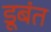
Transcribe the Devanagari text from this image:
डूबंत